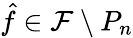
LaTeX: \hat{f}\in\mathcal{F}\setminus P_{n}